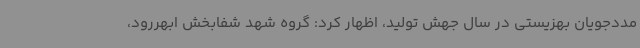
مددجویان بهزیستی در سال جهش تولید، اظهار کرد: گروه شهد شفابخش ابهررود،